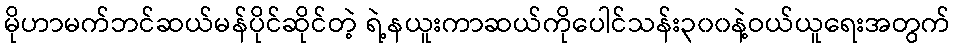
မိုဟာမက်ဘင်ဆယ်မန်ပိုင်ဆိုင်တဲ့ ရဲ့နယူးကာဆယ်ကိုပေါင်သန်း၃၀၀နဲ့ဝယ်ယူရေးအတွက်